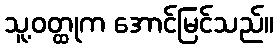
သူ့ဝတ္ထုက အောင်မြင်သည်။